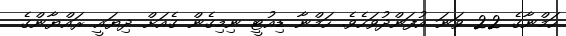
ހަމްނާގެ 22 ވަނަ އުފަންދުވަހެވެ. ހަމްނާ ޑިއުޓީ ނިމިގެން ގެއަށް ދިޔައީ ރައްޔާންގެ